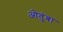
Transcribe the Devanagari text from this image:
ओतुंबा